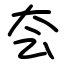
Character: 夽